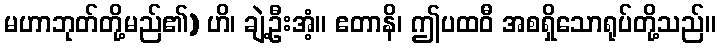
မဟာဘုတ်တို့မည်၏) ဟိ၊ ချဲ့ဦးအံ့။ ဧတာနိ၊ ဤပထဝီ အစရှိသောရုပ်တို့သည်။